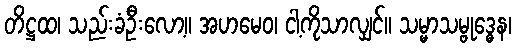
တိဋ္ဌထ၊ သည်းခံဦးလော့။ အဟမေဝ၊ ငါ့ကိုသာလျှင်။ သမ္မာသမ္ဗုဒ္ဓေန၊